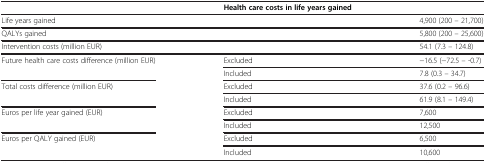
<table><thead><tr><td><b> </b></td><td><b>Health care costs in life years gained</b></td><td><b> </b></td></tr></thead><tbody><tr><td>Life years gained</td><td> </td><td>4,900 (200 – 21,700)</td></tr><tr><td>QALYs gained</td><td> </td><td>5,800 (200 – 25,600)</td></tr><tr><td>Intervention costs (million EUR)</td><td> </td><td>54.1 (7.3 – 124.8)</td></tr><tr><td rowspan="2">Future health care costs difference (million EUR)</td><td>Excluded</td><td>−16.5 (−72.5 – -0.7)</td></tr><tr><td>Included</td><td>7.8 (0.3 – 34.7)</td></tr><tr><td rowspan="2">Total costs difference (million EUR)</td><td>Excluded</td><td>37.6 (0.2 – 96.6)</td></tr><tr><td>Included</td><td>61.9 (8.1 – 149.4)</td></tr><tr><td rowspan="2">Euros per life year gained (EUR)</td><td>Excluded</td><td>7,600</td></tr><tr><td>Included</td><td>12,500</td></tr><tr><td rowspan="2">Euros per QALY gained (EUR)</td><td>Excluded</td><td>6,500</td></tr><tr><td>Included</td><td>10,600</td></tr></tbody></table>